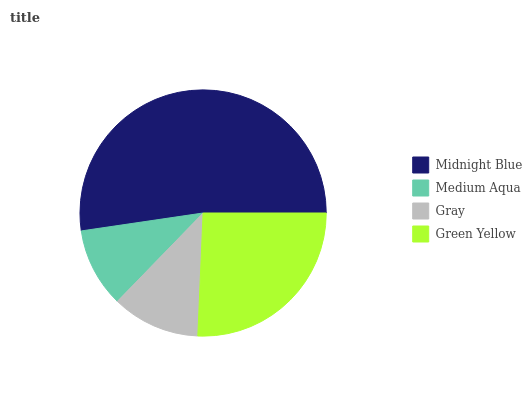
| Midnight Blue | Medium Aqua | Gray | Green Yellow |
 | --- | --- | --- | --- |
 | 52.4% | 10.4% | 11.6% | 25.6% |